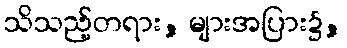
သိသည့်တရား, များအပြား၌,